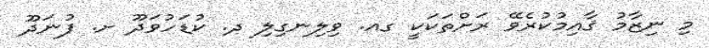
މި ނިޒާމު ޤާއިމުކުރެވޭ ރަށްތަކަކީ ގއ. ވިލިނގިލި ދ. ކުޑަހުވަދޫ ށ. ފުނަދޫ